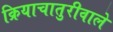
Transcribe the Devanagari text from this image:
क्रियाचातुरीवाले